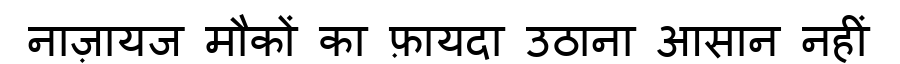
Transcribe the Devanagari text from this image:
नाज़ायज मौकों का फ़ायदा उठाना आसान नहीं